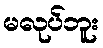
မလုပ်ဘူး